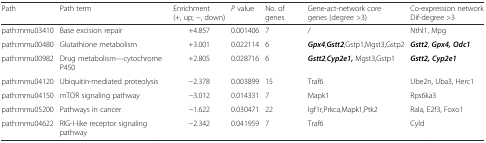
<table><thead><tr><td><b>Path</b></td><td><b>Path term</b></td><td><b>Enrichment (+, up; −, down)</b></td><td><b><i>P</i> value</b></td><td><b>No. of genes</b></td><td><b>Gene-act-network core genes (degree &gt;3)</b></td><td><b>Co-expression network Dif-degree &gt;3</b></td></tr></thead><tbody><tr><td>path:mmu03410</td><td>Base excision repair</td><td>+4.857</td><td>0.001406</td><td>7</td><td>/</td><td>Nthl1, Mpg</td></tr><tr><td>path:mmu00480</td><td>Glutathione metabolism</td><td>+3.001</td><td>0.022114</td><td>6</td><td><b><i>Gpx4</i></b>,<b><i>Gstt2</i></b>,Gstp1,Mgst3,Gstp2</td><td><b><i>Gstt2</i></b>, <b><i>Gpx4, Odc1</i></b></td></tr><tr><td>path:mmu00982</td><td>Drug metabolism—cytochrome P450</td><td>+2.805</td><td>0.028716</td><td>6</td><td><b><i>Gstt2</i></b>,<b><i>Cyp2e1,</i></b> Mgst3,Gstp1</td><td><b><i>Gstt2, Cyp2e1</i></b></td></tr><tr><td>path:mmu04120</td><td>Ubiquitin-mediated proteolysis</td><td>−2.378</td><td>0.003899</td><td>15</td><td>Traf6</td><td>Ube2n, Uba3, Herc1</td></tr><tr><td>path:mmu04150</td><td>mTOR signaling pathway</td><td>−3.012</td><td>0.014331</td><td>7</td><td>Mapk1</td><td>Rps6ka3</td></tr><tr><td>path:mmu05200</td><td>Pathways in cancer</td><td>−1.622</td><td>0.030471</td><td>22</td><td>Igf1r,Prkca,Mapk1,Ptk2</td><td>Rala, E2f3, Foxo1</td></tr><tr><td>path:mmu04622</td><td>RIG-I-like receptor signaling pathway</td><td>−2.342</td><td>0.041959</td><td>7</td><td>Traf6</td><td>Cyld</td></tr></tbody></table>